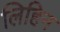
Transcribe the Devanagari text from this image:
लिहिन